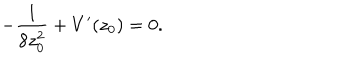
- \frac { 1 } { 8 z _ { 0 } ^ { 2 } } + V ^ { \prime } ( z _ { 0 } ) = 0 .